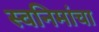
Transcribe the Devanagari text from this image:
स्वनिमांचा